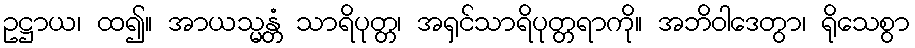
ဥဋ္ဌာယ၊ ထ၍။ အာယသ္မန္တံ သာရိပုတ္တ၊ အရှင်သာရိပုတ္တရာကို။ အဘိဝါဒေတွာ၊ ရိုသေစွာ